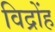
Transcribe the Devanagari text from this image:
विद्रोंह